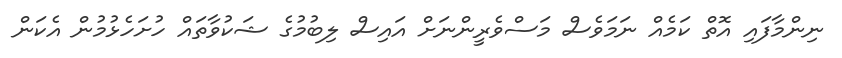
ނިންމާފައި އޮތް ކަމެއް ނަމަވެސް މަސްވެރީންނަށް އައިސް ލިބުމުގެ ޝަކުވާތައް ހުށަހެޅުމުން އެކަން